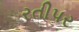
રતીપર